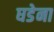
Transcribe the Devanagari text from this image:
घडेना